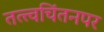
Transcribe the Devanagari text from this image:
तत्त्वचिंतनपर